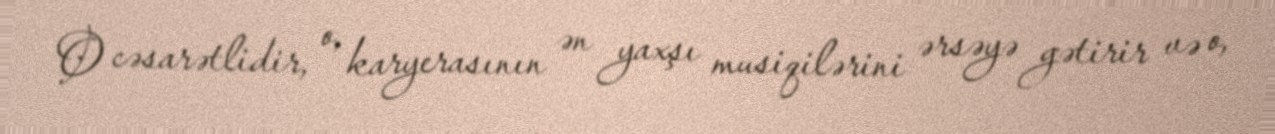
O cəsarətlidir, o, karyerasının ən yaxşı musiqilərini ərsəyə gətirir və o,